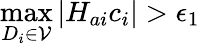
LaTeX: \operatorname*{max}_{D_{i}\in\mathcal{V}}|H_{ai}c_{i}|>\epsilon_{1}